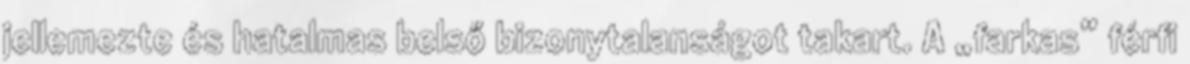
jellemezte és hatalmas belső bizonytalanságot takart. A „farkas” férfi